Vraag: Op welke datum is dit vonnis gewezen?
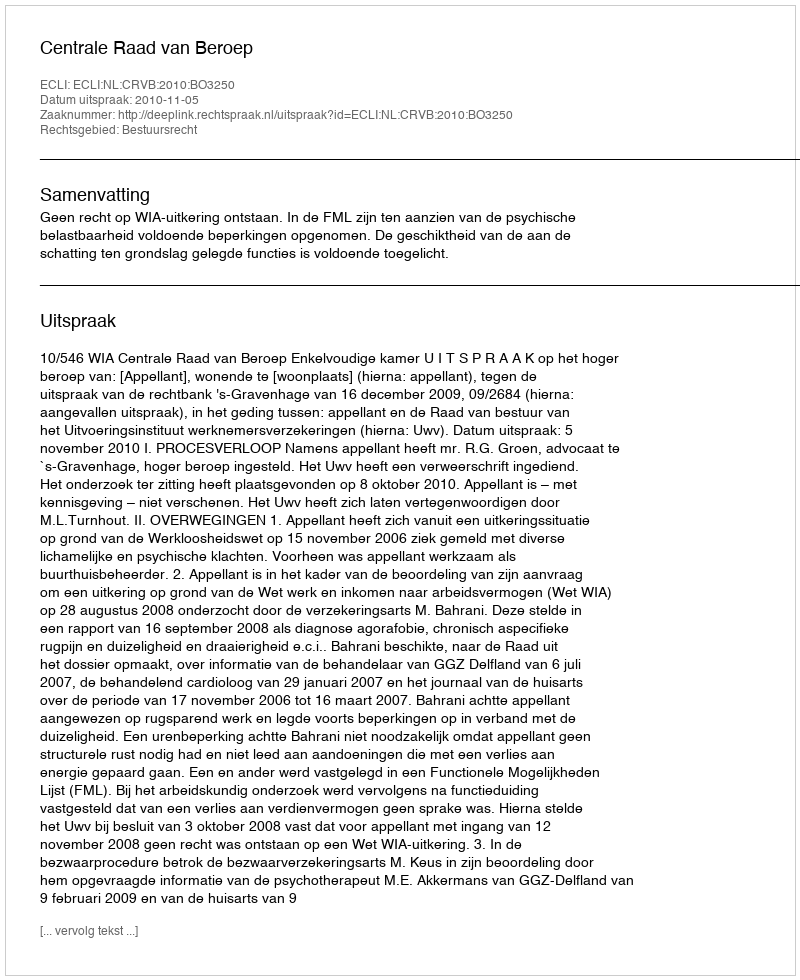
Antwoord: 2010-11-05